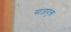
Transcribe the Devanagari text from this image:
संजयुक्त